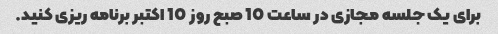
برای یک جلسه مجازی در ساعت 10 صبح روز 10 اکتبر برنامه ریزی کنید.